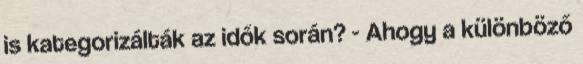
is kategorizálták az idők során? - Ahogy a különböző